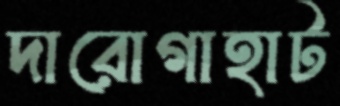
দারোগাহাট